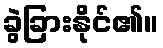
ခွဲခြားနိုင်၏။